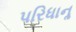
પરિધાનૢ